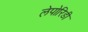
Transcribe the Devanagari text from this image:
लेपोरिडी